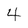
Character: 4